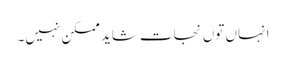
انہاں توں نجات شاید ممکن نہیں۔